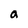
Character: a